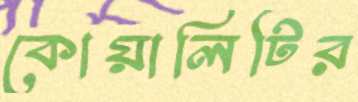
কোয়ালিটির